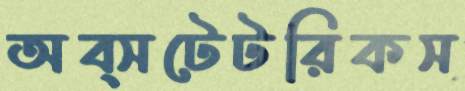
অব্সটেটরিকস